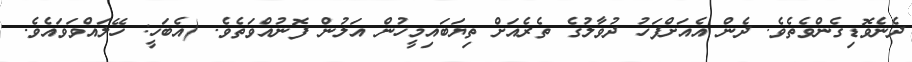
ދެނެވޮޑިގެންވެތެވެ. ދެން އެއަށްފަހު ދުވާލުގެ ތެރެއަށް ތިޔަބައިމީހުން އަލުން ފޮނުއްވަތެވެ. (އެބަހީ: ހޭލައްވަވައެވެ.